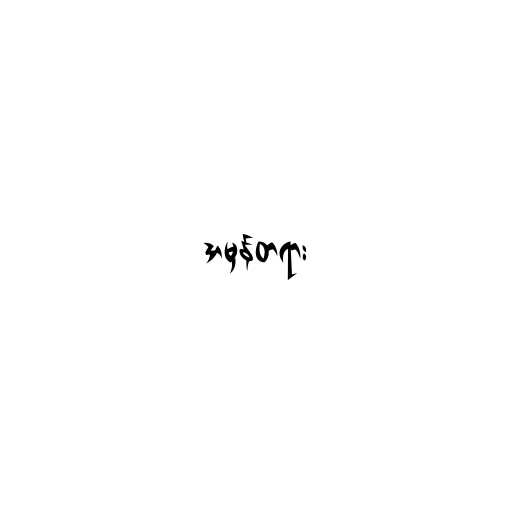
အမှန်တရား